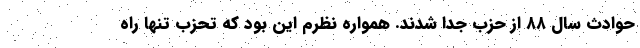
حوادث سال ۸۸ از حزب جدا شدند. همواره نظرم این بود که تحزب تنها راه